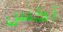
آكس